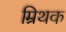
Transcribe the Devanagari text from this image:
म्रिथक